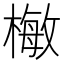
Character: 𣙕